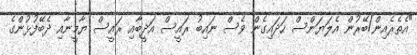
"އެތެރެއިން/ބޭރުން އެލަޔަންސް ހަދައިގެން ވެސް ނައިބު ރައީސް އަދީބާއި ރައީސް ޔާމީނާއި ދެބޭފުޅުންގެ